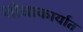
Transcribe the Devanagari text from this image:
शोधाकार्यात